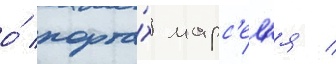
о́ порта́х марс'ел'я /